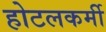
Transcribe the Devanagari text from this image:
होटलकर्मी